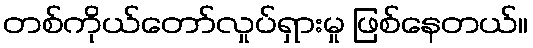
တစ်ကိုယ်တော်လှုပ်ရှားမှု ဖြစ်နေတယ်။